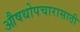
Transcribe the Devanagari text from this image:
औषधोपचारासाठी